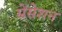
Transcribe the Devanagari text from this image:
सेंसेशन